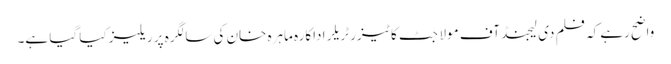
واضح رہے کہ فلم دی لیجنڈ آف مولا جٹ کا ٹیزر ٹریلر اداکارہ ماہرہ خان کی سالگرہ پر ریلیز کیا گیا ہے۔